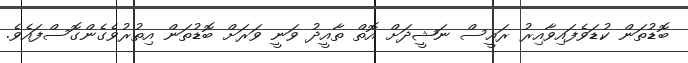
ބޮޑުތަން ކުޑަވެފައިވާއިރު ރައީސް ނަޝީދަށް އޮތް ތާއީދު ވަނީ ވަރަށް ބޮޑުތަން އިތުރުވެގެންގޮސްފައެވެ.